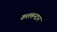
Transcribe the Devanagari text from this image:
कलमन्दान